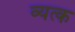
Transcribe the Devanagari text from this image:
व्यत्क